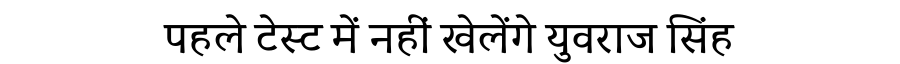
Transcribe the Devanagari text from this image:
पहले टेस्ट में नहीं खेलेंगे युवराज सिंह